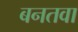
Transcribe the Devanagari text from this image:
बनतवा